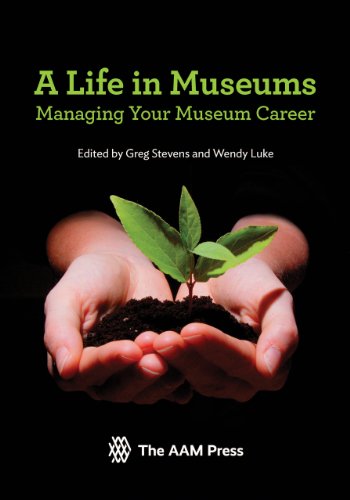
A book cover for A Life in Museums: Managing Your Museum Career; Business & Money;